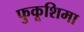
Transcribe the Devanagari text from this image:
फुकूशिमा